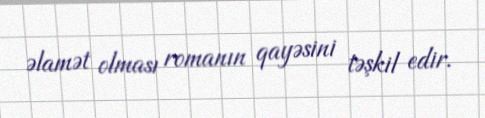
əlamət olması romanın qayəsini təşkil edir.